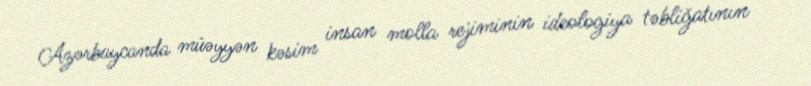
Azərbaycanda müəyyən kəsim insan molla rejiminin ideologiya təbliğatının